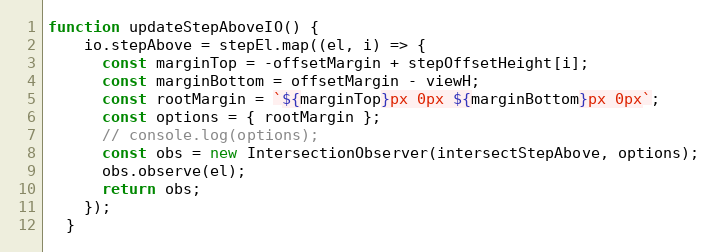
Language: JavaScript
function updateStepAboveIO() {
    io.stepAbove = stepEl.map((el, i) => {
      const marginTop = -offsetMargin + stepOffsetHeight[i];
      const marginBottom = offsetMargin - viewH;
      const rootMargin = `${marginTop}px 0px ${marginBottom}px 0px`;
      const options = { rootMargin };
      // console.log(options);
      const obs = new IntersectionObserver(intersectStepAbove, options);
      obs.observe(el);
      return obs;
    });
  }